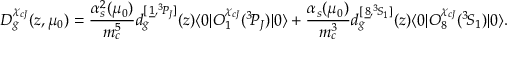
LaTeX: D _ { g } ^ { \chi _ { c J } } ( z , \mu _ { 0 } ) = \frac { \alpha _ { s } ^ { 2 } ( \mu _ { 0 } ) } { m _ { c } ^ { 5 } } d _ { g } ^ { [ \, \underline { { { 1 } } } , { } ^ { 3 } \! P _ { J } ] } ( z ) \langle 0 | { \cal O } _ { 1 } ^ { \chi _ { c J } } ( { } ^ { 3 } \! P _ { J } ) | 0 \rangle + \frac { \alpha _ { s } ( \mu _ { 0 } ) } { m _ { c } ^ { 3 } } d _ { g } ^ { [ \, \underline { { { 8 } } } , { } ^ { 3 } \! S _ { 1 } ] } ( z ) \langle 0 | { \cal O } _ { 8 } ^ { \chi _ { c J } } ( { } ^ { 3 } \! S _ { 1 } ) | 0 \rangle .